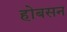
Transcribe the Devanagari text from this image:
होबसन